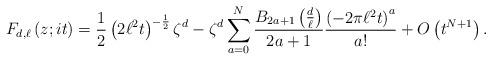
LaTeX: \begin{align*}F_{d,\ell}\left(z; it\right)=\frac{1}{2}\left(2\ell^2 t\right)^{-\frac{1}{2}}\zeta^d-\zeta^d\sum_{a=0}^{N} \frac{B_{2a+1}\left(\frac{d}{\ell}\right)}{2a+1}\frac{\left(-2\pi\ell^2 t\right)^a}{a!} + O\left(t^{N+1}\right).\end{align*}